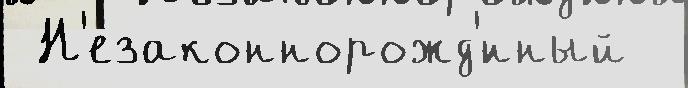
 Н'езаконнорожд'́нный